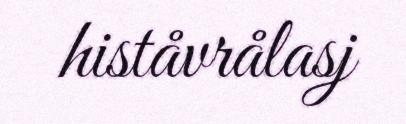
histåvrålasj